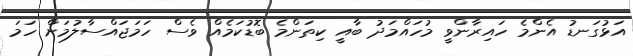
އަޅުގަނޑު އެންމެ ހައިރާންވީ މުހައްމަދު ބާއީ ކިތަންމެ ބޮޑުކަމެއް ވެސް ހަމަޖައްސާލުމަށް ހަމަ